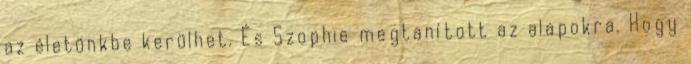
az életünkbe kerülhet. És Szophie megtanított az alapokra. Hogy